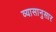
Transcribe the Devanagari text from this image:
व्यासानुसार